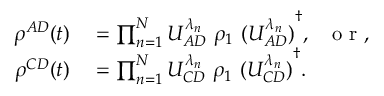
\begin{array} { r l } { \rho ^ { A D } ( t ) } & { { } = \prod _ { n = 1 } ^ { N } U _ { A D } ^ { \lambda _ { n } } ~ \rho _ { 1 } ~ { ( U _ { A D } ^ { \lambda _ { n } } ) } ^ { \dagger } , ~ ~ \mathrm { ~ o ~ r ~ } , } \\ { \rho ^ { C D } ( t ) } & { { } = \prod _ { n = 1 } ^ { N } U _ { C D } ^ { \lambda _ { n } } ~ \rho _ { 1 } ~ { ( U _ { C D } ^ { \lambda _ { n } } ) } ^ { \dagger } . } \end{array}